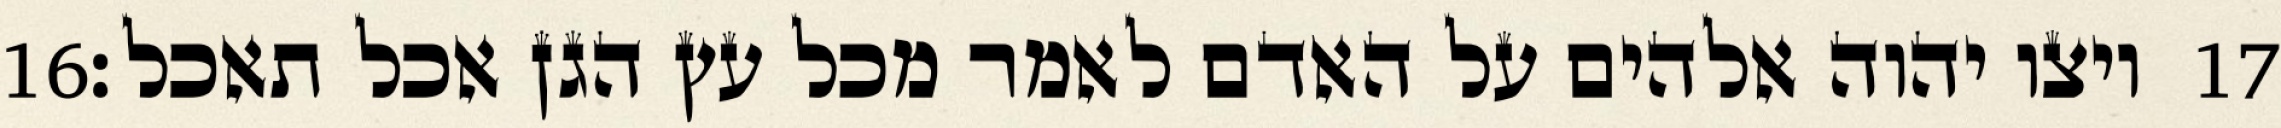
‎16‏ ויצו יהוה אלהים על האדם לאמר מכל עץ הגן אכל תאכל׃ ‎17‏